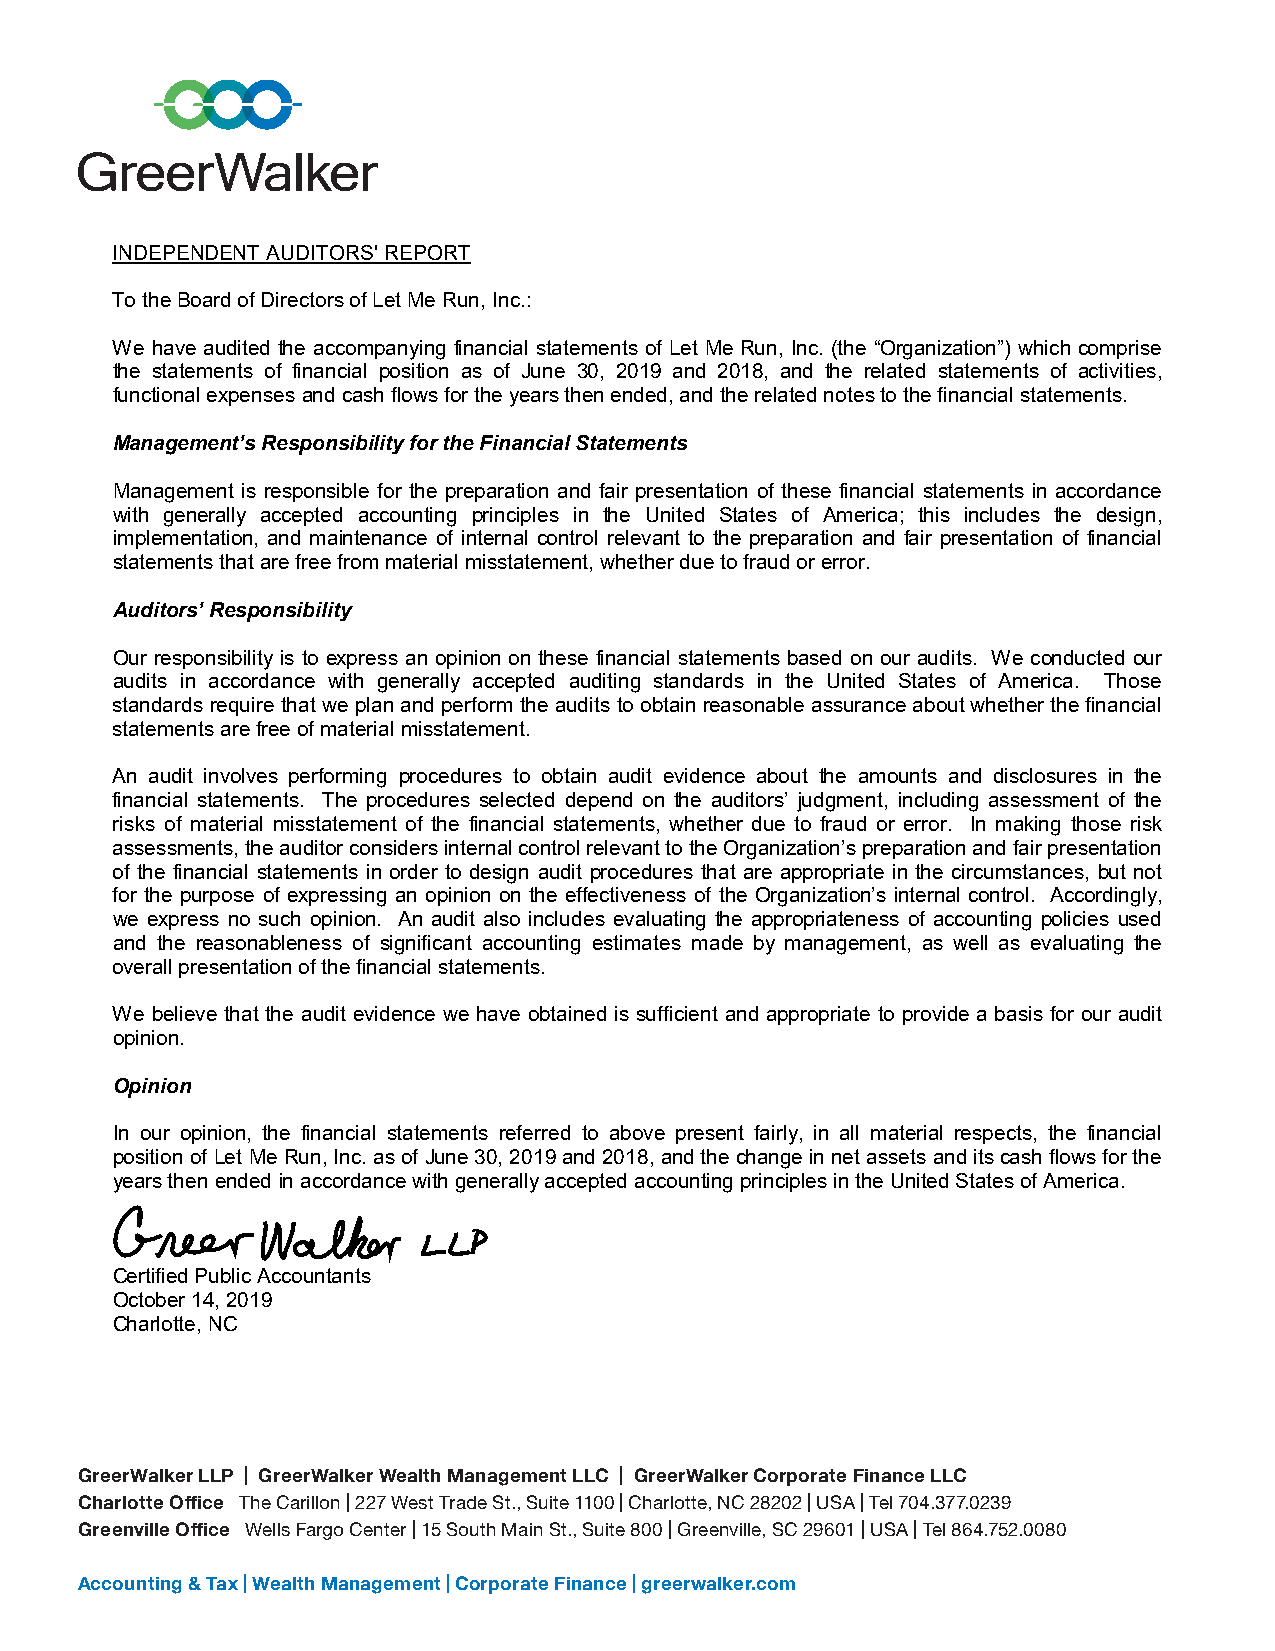
INDEPENDENT AUDITORS' REPORT
 To the Board of Directors of Let Me Run, Inc.:
 We have audited the accompanying financial statements of Let Me Run, Inc. (the “Organization”) which comprise
 the statements of financial position as of June 30, 2019 and 2018, and the related statements of activities,
 functional expensesand cash flows for the years then ended, and the related notes to the financial statements.
 Management’s Responsibility for the Financial Statements
 Management is responsible for the preparation and fair presentation of these financial statements in accordance
 with generally accepted accounting principles in the United States of America; this includes the design,
 implementation, and maintenance of internal control relevant to the preparation and fair presentation of financial
 statements that are free from material misstatement, whether due to fraud or error.
 Auditors’ Responsibility
 Our responsibility is to express an opinion on these financial statements based on our audits. We conducted our
 audits in accordance with generally accepted auditing standards in the United States of America. Those
 standards require that we plan and perform the audits to obtain reasonable assurance about whether the financial
 statements arefree of material misstatement.
 An audit involves performing procedures to obtain audit evidence about the amounts and disclosures in the
 financial statements. The procedures selected depend on the auditors’ judgment, including assessment of the
 risks of material misstatement of the financial statements, whether due to fraud or error. In making those risk
 assessments, the auditor considers internal control relevant to the Organization’s preparation and fair presentation
 of the financial statements in order to design audit procedures that are appropriate in the circumstances, but not
 for the purpose of expressing an opinion on the effectiveness of the Organization’s internal control. Accordingly,
 we express no such opinion. An audit also includes evaluating the appropriateness of accounting policies used
 and the reasonableness of significant accounting estimates made by management, as well as evaluating the
 overall presentation of the financial statements.
 We believe that the audit evidence we have obtained is sufficient and appropriate to provide a basis for our audit
 opinion.
 Opinion
 In our opinion, the financial statements referred to above present fairly, in all material respects, the financial
 positionof Let Me Run, Inc. as of June 30, 2019and 2018,and the change in net assetsanditscash flows for the
 years thenended in accordance with generally accepted accounting principles in the United States of America.
 Certified Public Accountants
 October 14, 2019
 Charlotte, NC
 GreerWalker LLP | GreerWalker Wealth Management LLC | GreerWalker Corporate Finance LLC
 Charlotte Office The Carillon | 227 West Trade St., Suite 1100 | Charlotte, NC 28202 | USA | Tel 704.377.0239
 Greenville Office Wells Fargo Center | 15 South Main St., Suite 800 | Greenville, SC 29601 | USA | Tel 864.752.0080
 Accounting & Tax | Wealth Management | Corporate Finance | greerwalker.com